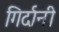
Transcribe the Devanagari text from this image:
गिर्दानी